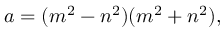
a = ( m ^ { 2 } - n ^ { 2 } ) ( m ^ { 2 } + n ^ { 2 } ) ,